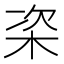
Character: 栥